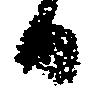
日